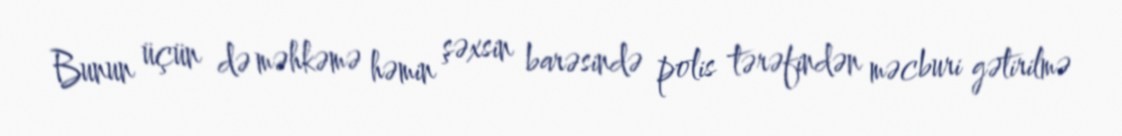
Bunun üçün də məhkəmə həmin şəxsin barəsində polis tərəfindən məcburi gətirilmə